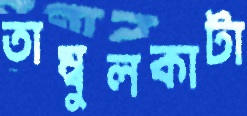
তাম্বুলকাটা